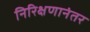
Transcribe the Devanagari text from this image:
निरिक्षणानंतर